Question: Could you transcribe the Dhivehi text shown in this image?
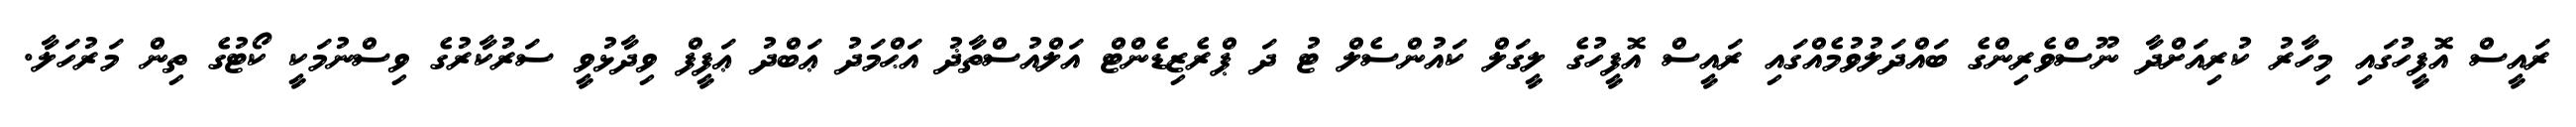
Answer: ރައީސް އޮފީހުގައި މިހާރު ކުރިއަށްދާ ނޫސްވެރިންގެ ބައްދަލުވުމެއްގައި ރައީސް އޮފީހުގެ ލީގަލް ކައުންސެލް ޓު ދަ ޕްރެޒިޑެންޓް އަލްއުސްތާޛު އަޙްމަދު ޢަބްދު ޢަފީފް ވިދާޅުވީ ސަރުކާރުގެ ވިސްނުމަކީ ކޯޓުގެ ތިން މަރުހަލާ.